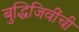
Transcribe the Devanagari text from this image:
बुद्धिजिवींची